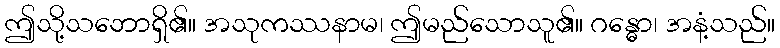
ဤသို့သဘောရှိ၏။ အသုကဿနာမ၊ ဤမည်သောသူ၏။ ဂန္ဓော၊ အနံ့သည်။